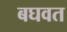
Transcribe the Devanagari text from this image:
बघवत